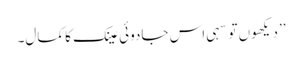
’’دیکھوں تو سہی اس جادوئی عینک کا کمال۔